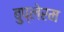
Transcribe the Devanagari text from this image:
बुप्लेरम